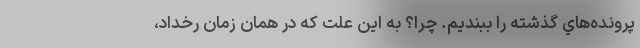
پرونده‌هاي گذشته را ببنديم. چرا؟ به اين علت كه در همان زمان رخداد،